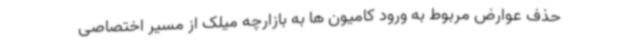
حذف عوارض مربوط به ورود کامیون ها به بازارچه میلک از مسیر اختصاصی